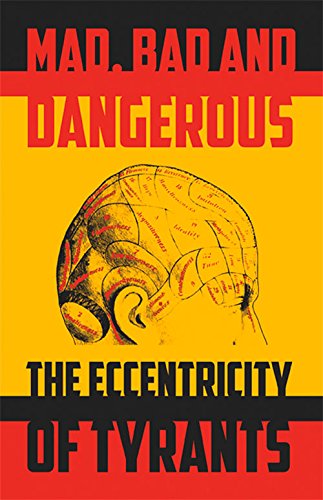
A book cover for Mad, Bad and Dangerous: The Eccentricity of Tyrants; Tom Ambrose; Biographies & Memoirs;